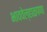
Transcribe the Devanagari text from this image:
भाववेल्हाळपणा